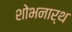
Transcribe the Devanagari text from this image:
शोभनार्थ